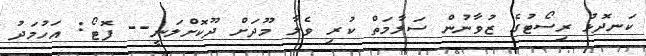
ކަނދޮޅު ރިސޯޓުގެ ޒުވާނުން ސަލާމަތް ކުރި ވެލާ މޫދަށް ދޫކޮށްލަނީ-- ފޮޓޯ: އަހުމަދު